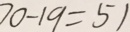
7 0 - 1 9 = 5 1